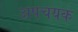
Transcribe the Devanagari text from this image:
अपचयक